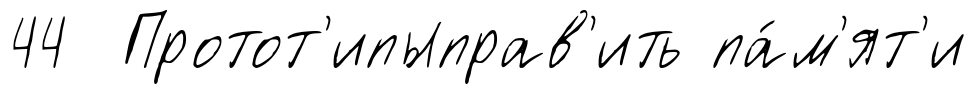
44 Протот'ипыправ'ить па́м'ят'и